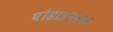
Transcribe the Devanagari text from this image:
घोडा॥२५२॥